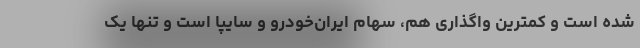
شده است و کمترین واگذاری هم، سهام ایران‌خودرو و سایپا است و تنها یک